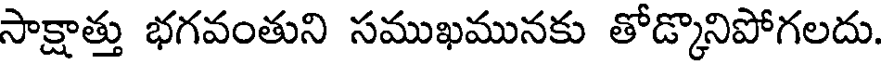
సాక్షాత్తు భగవంతుని సముఖమునకు తోడ్కొనిపోగలదు.